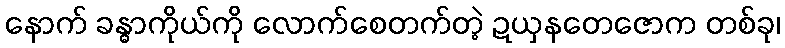
နောက် ခန္ဓာကိုယ်ကို လောက်စေတက်တဲ့ ဍယှနတေဇောက တစ်ခု၊